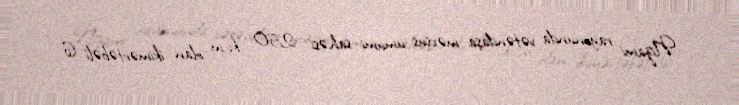
Nizami rayonunda vətəndaşa məxsus ümumi sahəsi 250 kv.m olan ikimərtəbəli 6